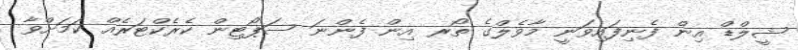
ޝީލްޑް އިން ފެނިފައިވަނީ މާވެލްގެ ތޯރ އިން ފެންނަ ސަޕޯޓިން ކެރެކްޓަރެއް ކަމަށްވާ